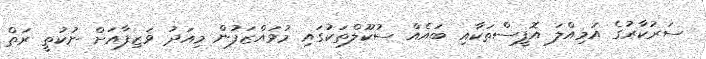
ސަރުކާރުގެ އަމިއްލަ އޮފީސްތަކާއި ބައެއް ސުކޫލްތަކުގައި މުވައްޒަފުން މިއަދު ވަޒިފާއަށް ނުކުތީ ރަތް